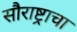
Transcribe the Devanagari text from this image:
सौराष्ट्राचा